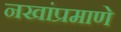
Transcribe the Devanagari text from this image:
नखांप्रमाणे